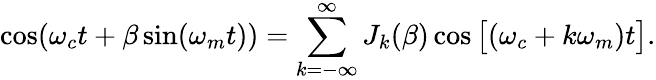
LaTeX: \cos(\omega_{c}t+\beta\sin(\omega_{m}t))=\sum_{k=-\infty}^{\infty}J_{k}(\beta)\cos\big[(\omega_{c}+k\omega_{m})t\big].